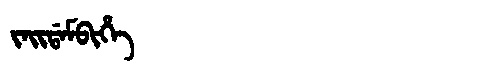
Manchu: ᠵᠠᡳᡩᠠᠮᠪᡳᡥᡝ
Romanization: JAIDAMBIHE